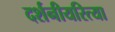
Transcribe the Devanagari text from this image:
दर्शनीयरित्या